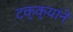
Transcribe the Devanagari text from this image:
टक्क्यांने